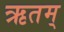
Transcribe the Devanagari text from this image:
ऋतम्